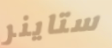
ستاينر